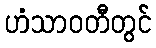
ဟံသာဝတီတွင်